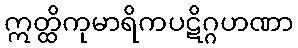
ဣတ္ထိကုမာရိကပဋိဂ္ဂဟဏာ